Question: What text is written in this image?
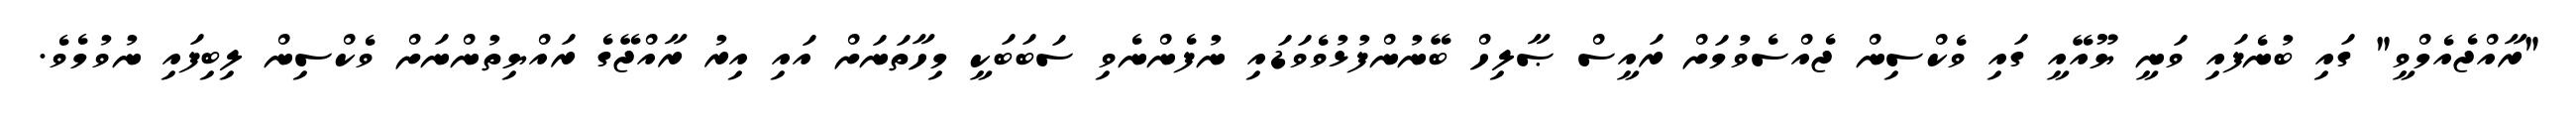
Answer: "ރާއްޖެއެމްވީ" ގައި ބުނެފައި ވަނީ ޔޫއޭއީ ގައި ވެކްސިން ޖެއްސެވުމަށް ރައީސް ޞާލިހް ބޭނުންފުޅުވެވަޑައި ނުފެންނެވި ސަބަބަކީ މިހާތަނަށް އައި އިރު ރާއްޖޭގެ ރައްޔިތުންނަށް ވެކްސިން ލިބިފައި ނުވުމެވެ.